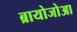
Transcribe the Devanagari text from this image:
ब्रायोजोआ